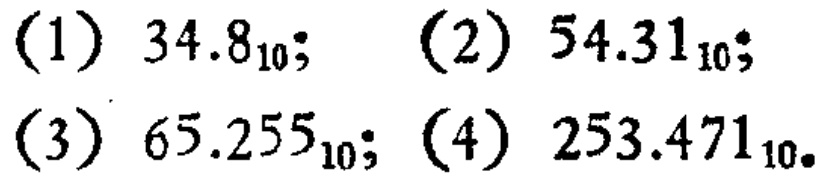
(1) \(34.8_{10}\); (2) \(54.31_{10}\);

(3) \(65.255_{10}\); (4) \(253.471_{10}\).